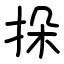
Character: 挆